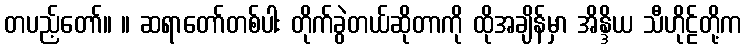
တပည့်တော်။ ။ ဆရာတော်တစ်ပါး တိုက်ခွဲတယ်ဆိုတာကို ထိုအချိန်မှာ အိန္ဒိယ သီဟိုဠ်တို့က